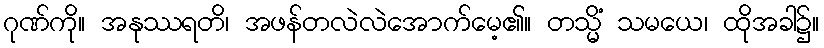
ဂုဏ်ကို။ အနုဿရတိ၊ အဖန်တလဲလဲအောက်မေ့၏။ တသ္မိံ သမယေ၊ ထိုအခါ၌။